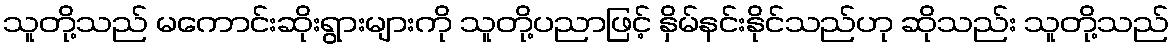
သူတို့သည် မကောင်းဆိုးရွားများကို သူတို့ပညာဖြင့် နှိမ်နင်းနိုင်သည်ဟု ဆိုသည်း သူတို့သည်